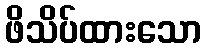
ဖိသိပ်ထားသော